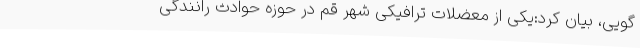
گویی، بیان کرد:یکی از معضلات ترافیکی شهر قم در حوزه حوادث رانندگی